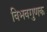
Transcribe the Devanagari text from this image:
विभवगुणक